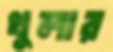
থুলার